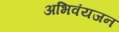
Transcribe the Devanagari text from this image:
अभिवंयजन